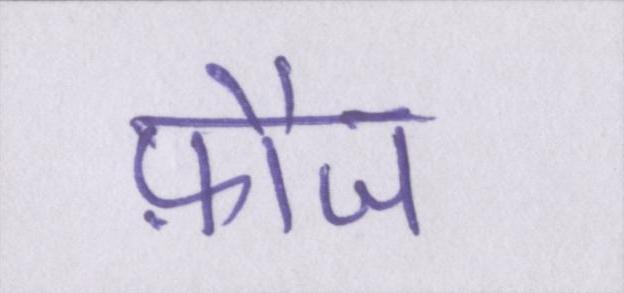
फ़ौज